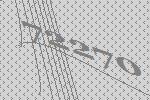
72270